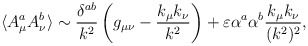
\begin{align*}\langle A^a_\mu A^b_\nu \rangle \sim {\delta^{ab} \over k^2} \left( g_{\mu\nu} - {k_\mu k_\nu \over k^2} \right) + \varepsilon \alpha^a \alpha^b {k_\mu k_\nu \over (k^2)^2},\end{align*}